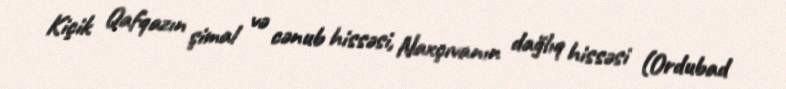
Kiçik Qafqazın şimal və cənub hissəsi, Naxçıvanın dağlıq hissəsi (Ordubad